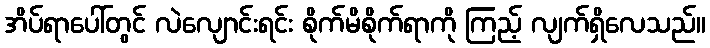
အိပ်ရာပေါ်တွင် လဲလျောင်းရင်း စိုက်မိစိုက်ရာကို ကြည့် လျက်ရှိလေသည်။